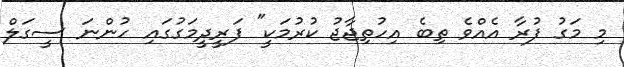
މި މަގު ފުރާ އެއްވެ ތިބެ އިހުތިޖާޖު ކުރުމަކީ" ފަރީދީމަގުގައި ހުންނަ ސީގަލް